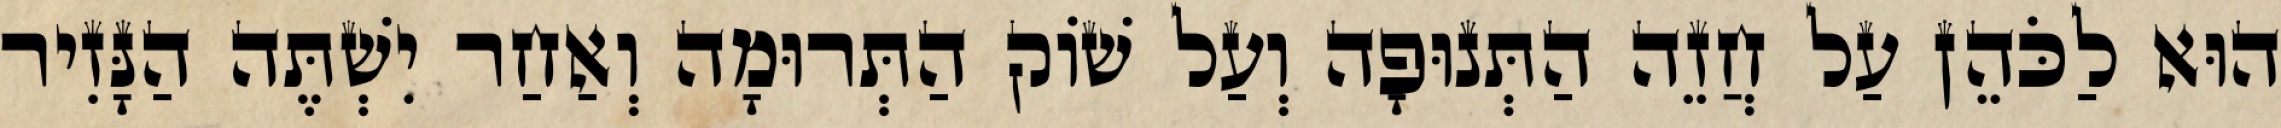
הוּא לַכֹּהֵן עַל חֲזֵה הַתְּנוּפָה וְעַל שׁוֹק הַתְּרוּמָה וְאַחַר יִשְׁתֶּה הַנָּזִיר